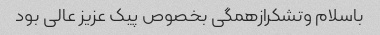
باسلام وتشکرازهمگی بخصوص پیک عزیز عالی بود